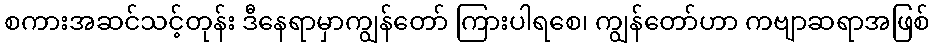
စကားအဆင်သင့်တုန်း ဒီနေရာမှာကျွန်တော် ကြားပါရစေ၊ ကျွန်တော်ဟာ ကဗျာဆရာအဖြစ်